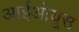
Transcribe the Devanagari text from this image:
आईओयूस